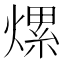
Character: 𤍶